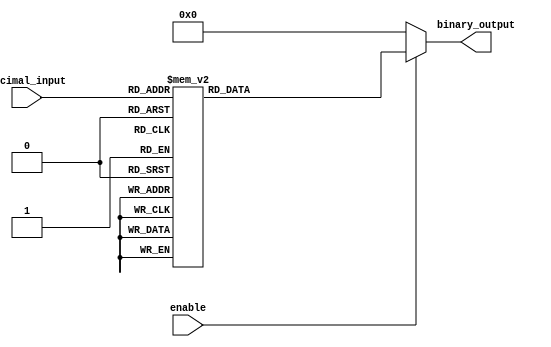
module DecimalToBinaryEncoder (
    input [3:0] decimal_input,    // 4-bit decimal input
    input enable,                  // Enable signal
    output reg [3:0] binary_output // 4-bit binary output
);

    always @(*) begin
        // Check if enable is low
        if (!enable) begin
            binary_output = 4'b0000; // Set output to default state
        end else begin
            // Default to 4'b0000
            binary_output = 4'b0000; // Initialize output to 0
            
            case (decimal_input)
                4'b0000: binary_output = 4'b0000; // 0
                4'b0001: binary_output = 4'b0001; // 1
                4'b0010: binary_output = 4'b0010; // 2
                4'b0011: binary_output = 4'b0011; // 3
                4'b0100: binary_output = 4'b0100; // 4
                4'b0101: binary_output = 4'b0101; // 5
                4'b0110: binary_output = 4'b0110; // 6
                4'b0111: binary_output = 4'b0111; // 7
                4'b1000: binary_output = 4'b1000; // 8
                4'b1001: binary_output = 4'b1001; // 9
                default: binary_output = 4'b0000; // Handle invalid inputs
            endcase
        end
    end

endmodule